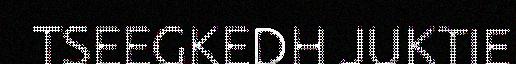
TSEEGKEDH JUKTIE